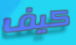
كيف